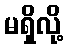
မရှိလို့